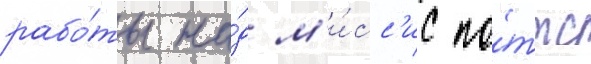
рабо́ты на́д м'и́сс'ис по́ттс